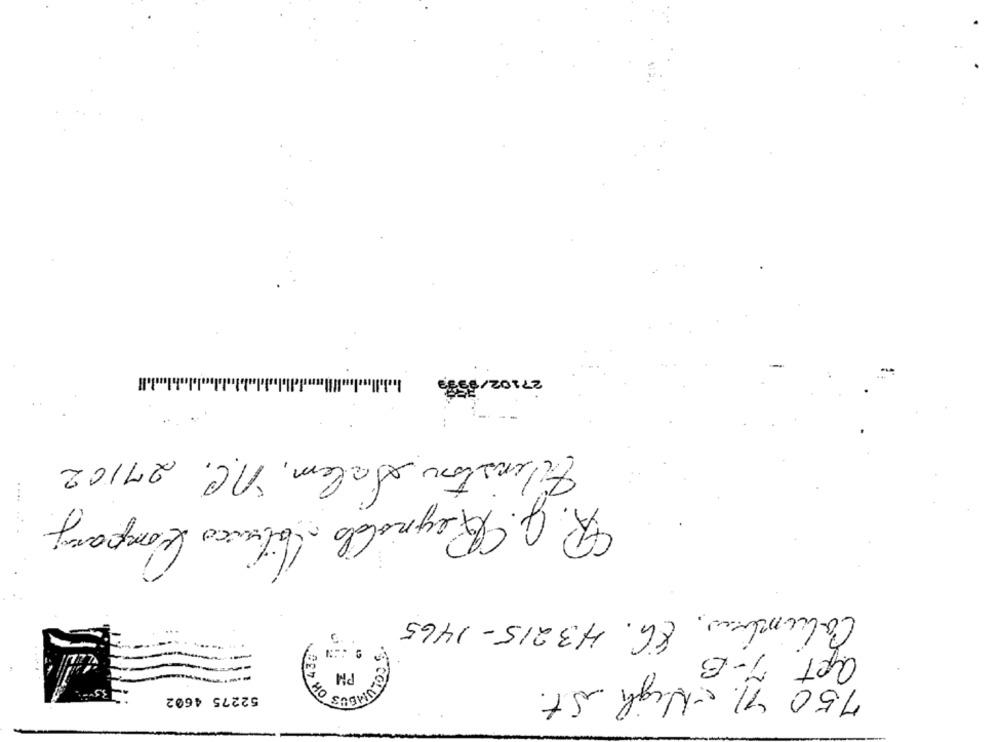
27102/05
Winston Salem, n.C. 27162
R. J. Reynolds abrico Kompany
Columbro, 8G. 43215- 1465
apt 7-B
45
750 71 High St.
52275 4602
BED HO
S COLUM